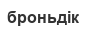
броньдік